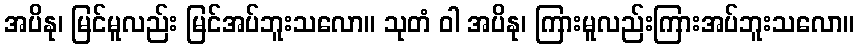
အပိနု၊ မြင်မူလည်း မြင်အပ်ဘူးသလော။ သုတံ ဝါ အပိနု၊ ကြားမူလည်းကြားအပ်ဘူးသလော။